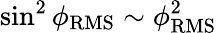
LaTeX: \sin^{2}\phi_{\mathrm{RMS}}\sim\phi_{\mathrm{RMS}}^{2}